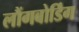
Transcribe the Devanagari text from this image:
लौंगबोर्डिंग